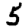
Digit: 5